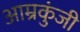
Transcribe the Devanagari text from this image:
आम्रकुंजी